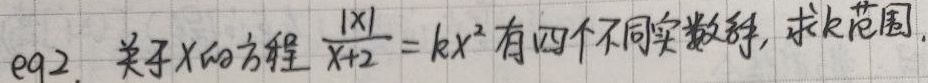
eq2. 关于$x$的方程$\frac{\vert x\vert}{x + 2}=kx^{2}$有四个不同实数解，求$k$范围.